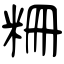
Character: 粣